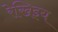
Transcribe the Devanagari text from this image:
रेखिइय